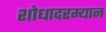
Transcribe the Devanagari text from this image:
शोधादरम्यान